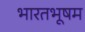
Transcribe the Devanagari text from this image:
भारतभूषम